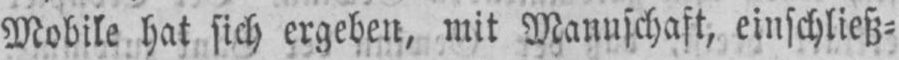
Mobile hat sich ergeben, mit Mannschaft, einschließ⸗